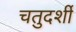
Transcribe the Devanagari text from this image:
चतुदर्शी